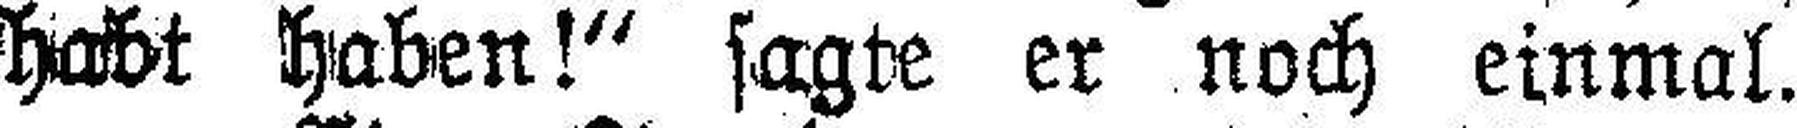
habt haben!“ sagte er noch einmal.